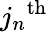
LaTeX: {j_{n}}^{\textrm{th}}